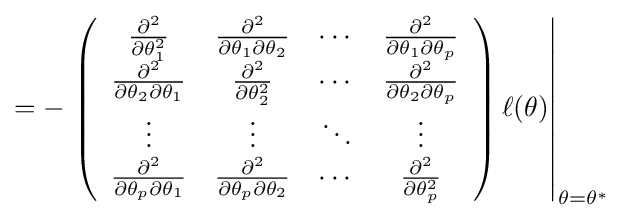
=-\left.\left({\begin{array}{cccc}{\tfrac {\partial ^{2}}{\partial \theta _{1}^{2}}}&{\tfrac {\partial ^{2}}{\partial \theta _{1}\partial \theta _{2}}}&\cdots &{\tfrac {\partial ^{2}}{\partial \theta _{1}\partial \theta _{p}}}\\{\tfrac {\partial ^{2}}{\partial \theta _{2}\partial \theta _{1}}}&{\tfrac {\partial ^{2}}{\partial \theta _{2}^{2}}}&\cdots &{\tfrac {\partial ^{2}}{\partial \theta _{2}\partial \theta _{p}}}\\\vdots &\vdots &\ddots &\vdots \\{\tfrac {\partial ^{2}}{\partial \theta _{p}\partial \theta _{1}}}&{\tfrac {\partial ^{2}}{\partial \theta _{p}\partial \theta _{2}}}&\cdots &{\tfrac {\partial ^{2}}{\partial \theta _{p}^{2}}}\\\end{array}}\right)\ell (\theta )\right|_{\theta =\theta ^{*}}